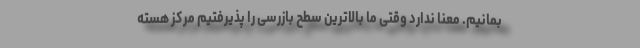
بمانیم. معنا ندارد وقتی ما بالاترین سطح بازرسی را پذیرفتیم مرکز هسته